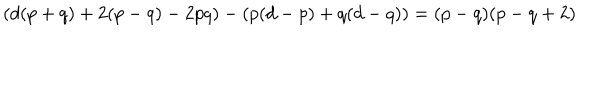
LaTeX: \left( d ( p + q ) + 2 ( p - q ) - 2 p q \right) - \left( p ( d - p ) + q ( d - q ) \right) = ( p - q ) ( p - q + 2 )